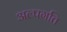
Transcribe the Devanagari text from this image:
अल्पगति